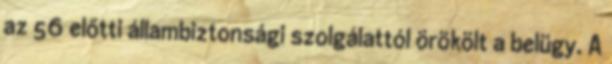
az 56 előtti állambiztonsági szolgálattól örökölt a belügy. A